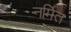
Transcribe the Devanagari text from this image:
नर्मित